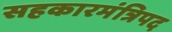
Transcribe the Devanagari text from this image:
सहकारमंत्रिपद